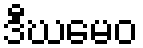
ဒီဃမေဝ